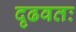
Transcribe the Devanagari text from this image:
दृढवतः